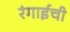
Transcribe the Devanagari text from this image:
रंगाईची